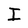
Character: I